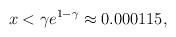
LaTeX: \begin{align*}x < \gamma e^{1-\gamma} \approx 0.000115, \end{align*}